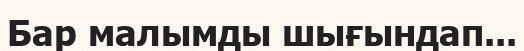
Бар малымды шығындап...